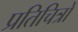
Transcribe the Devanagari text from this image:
प्रतिचित्रों